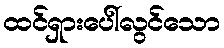
ထင်ရှားပေါ်လွင်သော